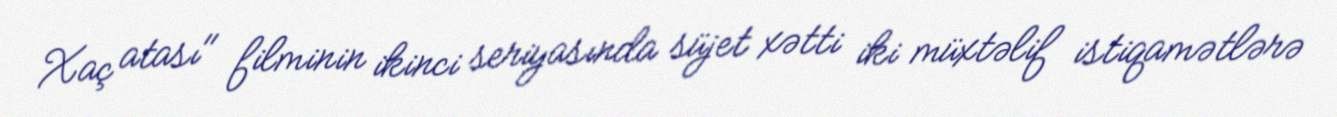
Xaç atası" filminin ikinci seriyasında süjet xətti iki müxtəlif istiqamətlərə